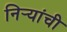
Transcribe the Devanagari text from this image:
निर्‍यांची